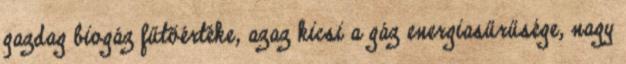
gazdag biogáz fűtőértéke, azaz kicsi a gáz energiasűrűsége, nagy